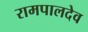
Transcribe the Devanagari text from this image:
रामपालदेव